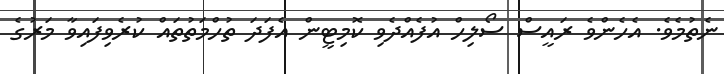
ނެތުމެވެ. އެހެންވެ ރައީސް ސޯލިހް އުފެއްދެވި ކޮމިޓީން އެފަދަ ތުހްމަތުތައް ކުރެވިފައިވާ މަރުގެ